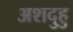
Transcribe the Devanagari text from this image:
अशदुहु